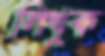
লিখুক